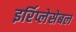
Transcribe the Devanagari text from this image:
इर्रिप्लेसेबल